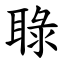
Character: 䎼